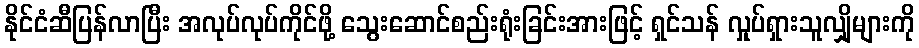
နိုင်ငံဆီပြန်လာပြီး အလုပ်လုပ်ကိုင်ဖို့ သွေးဆောင်စည်းရုံးခြင်းအားဖြင့် ရှင်သန် လှုပ်ရှားသူလျှိုများကို